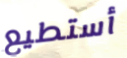
أستطيع